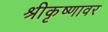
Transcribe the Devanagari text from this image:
श्रीकृष्णावर